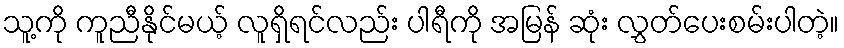
သူ့ကို ကူညီနိုင်မယ့် လူရှိရင်လည်း ပါရီကို အမြန် ဆုံး လွှတ်ပေးစမ်းပါတဲ့။